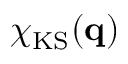
\chi _ { \mathrm { K S } } ( \mathbf { q } )